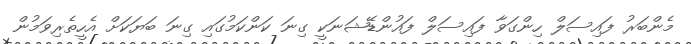
މެންބަރު ފައިސަލް ހިންގަވާ ފައިސަލް ފައުންޑޭޝަނަކީ ގިނަ ކަންކަމުގައި ގިނަ ބަޔަކަށް އެހީތެރިވަމުން